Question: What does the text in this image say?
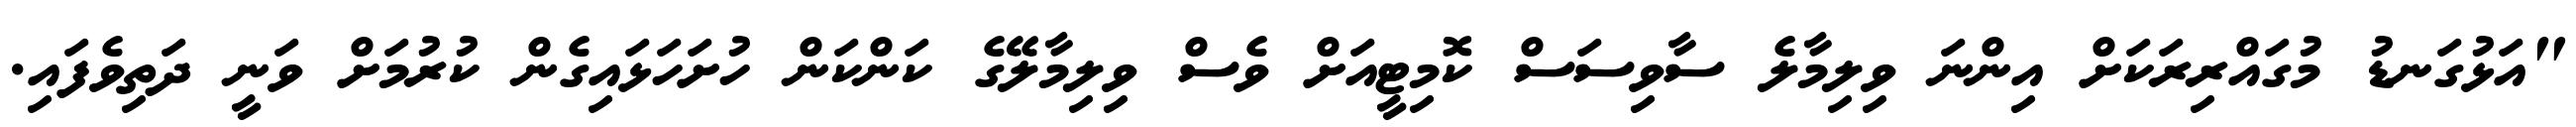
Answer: "އަޅުގަނޑު މުގައްރިރަކަށް އިންނަ ވިލިމާލެ ސާވިސަސް ކޮމިޓީއަށް ވެސް ވިލިމާލޭގެ ކަންކަން ހުށަހަޅައިގެން ކުރުމަށް ވަނީ ދަތިވެފައި.